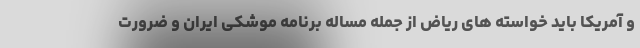
و آمریکا باید خواسته های ریاض از جمله مساله برنامه موشکی ایران و ضرورت